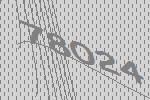
78024